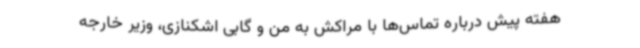
هفته پیش درباره تماس‌ها با مراکش به من و گابی اشکنازی، وزیر خارجه